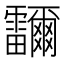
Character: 鿨